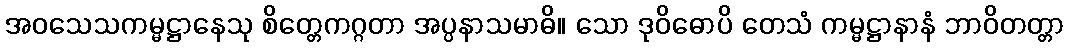
အဝသေသကမ္မဋ္ဌာနေသု စိတ္တေကဂ္ဂတာ အပ္ပနာသမာဓိ။ သော ဒုဝိဓောပိ တေသံ ကမ္မဋ္ဌာနာနံ ဘာဝိတတ္တာ